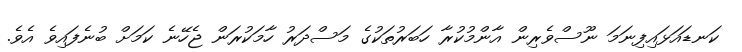
ކަނޑައަޅައިފިނަަމަ ނޫސްވެރިން އާންމުކުރާ ހަބަރުތަކުގެ މަސްދަރު ހާމަކުރަން ޖެހޭނެ ކަމަށް ބުނެފައިވެ އެވެ.